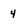
Character: 4